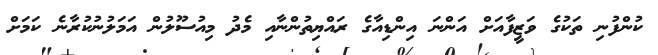
ކުންފުނި ތަކުގެ ވަޒީފާއަށް އަންނަ އިންޑިއާގެ ރައްޔިތުންނާއި މެދު މިއުސޫލުން އަމަލުނުކުރާނެ ކަމަށް